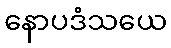
နောပဒံသယေ